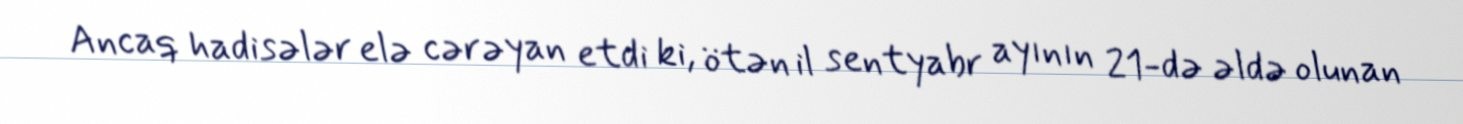
Ancaq hadisələr elə cərəyan etdi ki, ötən il sentyabr ayının 21-də əldə olunan